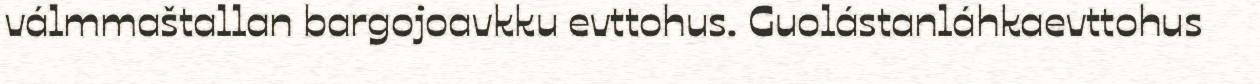
válmmaštallan bargojoavkku evttohus. Guolástanláhkaevttohus